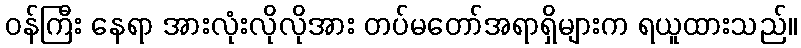
ဝန်ကြီး နေရာ အားလုံးလိုလိုအား တပ်မတော်အရာရှိများက ရယူထားသည်။